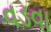
વડવા